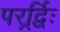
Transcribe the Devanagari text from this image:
परर्र्द्विः